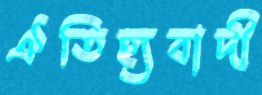
ঐতিহ্যবাদী